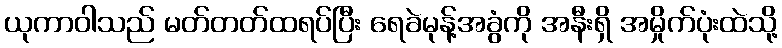
ယုကာဝါသည် မတ်တတ်ထရပ်ပြီး ရေခဲမုန့်အခွံကို အနီးရှိ အမှိုက်ပုံးထဲသို့